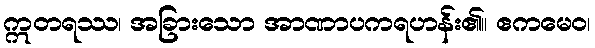
ဣတရဿ၊ အခြားသော အာဏာပကရဟန်း၏။ ဧကမေဝ၊